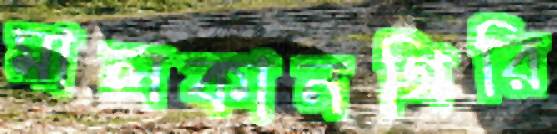
মালকানগিরি